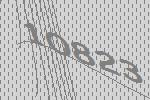
10823